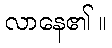
လာနေ၏ ။